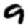
Digit: 9